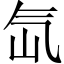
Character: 氙